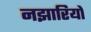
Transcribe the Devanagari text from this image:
नझारियो